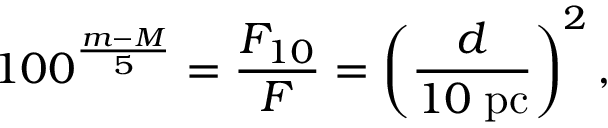
1 0 0 ^ { \frac { m - M } { 5 } } = { \frac { F _ { 1 0 } } { F } } = \left( { \frac { d } { 1 0 \; \mathrm { p c } } } \right) ^ { 2 } ,